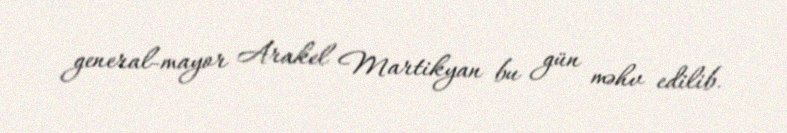
general-mayor Arakel Martikyan bu gün məhv edilib.